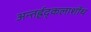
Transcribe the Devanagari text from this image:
अन्तर्ह्रद्कलाशोथ